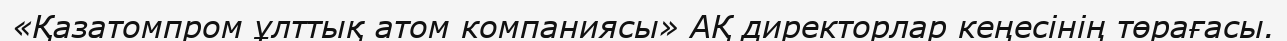
«Қазатомпром ұлттық атом компаниясы» АҚ директорлар кеңесінің төрағасы.